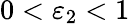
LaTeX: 0<\varepsilon_{2}<1